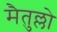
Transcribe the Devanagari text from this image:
मैतुल्लो